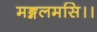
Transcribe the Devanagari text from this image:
मङ्गलमसि।।